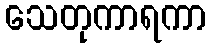
သေတုကာရကာ